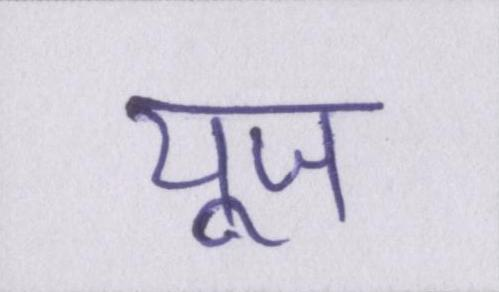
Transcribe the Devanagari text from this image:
यूज